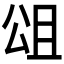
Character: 𭁎